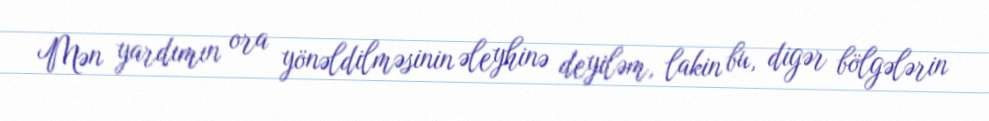
Mən yardımın ora yönəldilməsinin əleyhinə deyiləm, lakin bu, digər bölgələrin